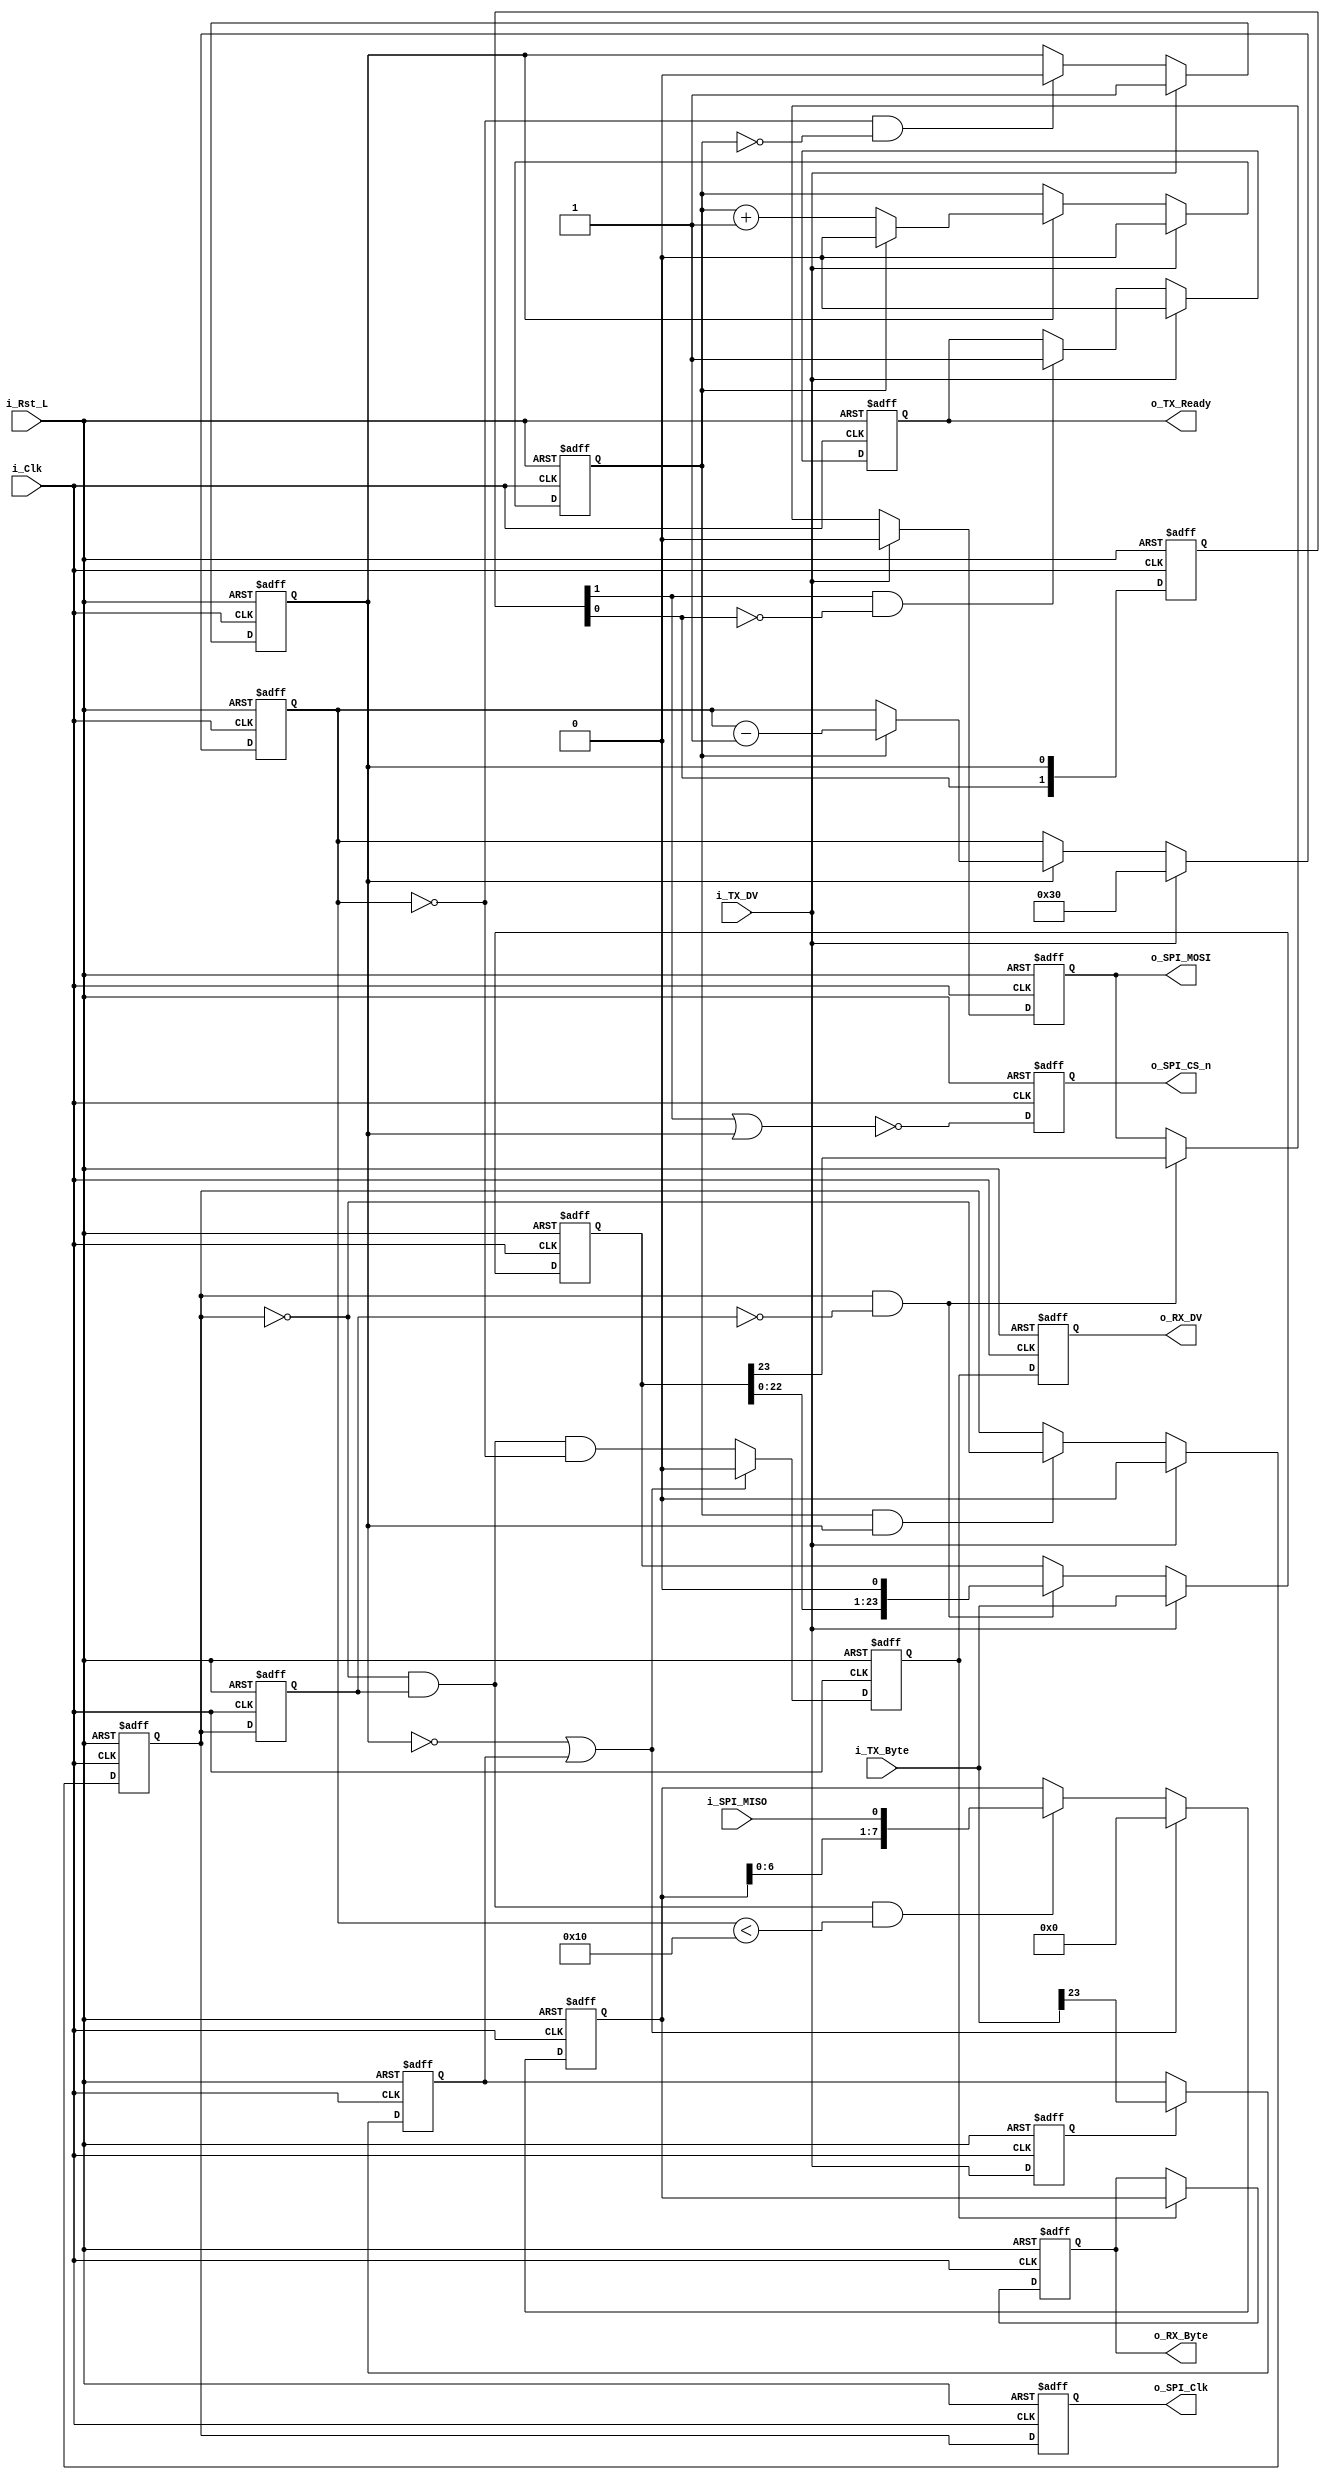
module SPI_configure
#(     parameter CLKS_PER_HALF_BIT = 2) 
( 
 // Control/Data Signals, 
 input        i_Rst_L,     // FPGA Reset 
 input        i_Clk,       // FPGA Clock 
  
 // TX (MOSI) Signals 
 input [23:0]  i_TX_Byte,        // Byte to transmit on MOSI 
 input         i_TX_DV,          // Data Valid Pulse with i_TX_Byte 
 output reg     o_TX_Ready,       // Transmit Ready for next byte 
 
 
 
 // RX (MISO) Signals 
 output reg       o_RX_DV,     // Data Valid pulse (1 clock cycle) 
 output reg [7:0] o_RX_Byte,   // Byte received on MISO 


 // SPI Interface 
 output reg o_SPI_Clk, 
 output reg o_SPI_CS_n, 
 input      i_SPI_MISO, 
 output reg o_SPI_MOSI 
 ); 


// SPI Interface (All Runs at SPI Clock Domain) 
reg       r_RX_DV;     // Data Valid pulse (1 clock cycle) 
reg [7:0] r_RX_Byte;   // Byte received on MISO 


reg [$clog2(CLKS_PER_HALF_BIT)-1:0] r_SPI_Clk_Count; 
reg r_SPI_Clk; 
reg r_SPI_Clk_d;
reg [5:0] r_SPI_Clk_Edges; 
wire w_Leading_Edge; 
wire w_Trailing_Edge; 
reg       r_TX_DV; 
reg [23:0] r_TX_Byte; 





///////////////////////
reg r_rd_wr_flag;
reg r_SPI_CS;
reg [(CLKS_PER_HALF_BIT-1):0] r_SPI_CS_d;





always @(posedge i_Clk or negedge i_Rst_L) 
begin 
    if (~i_Rst_L)  
    begin
        r_SPI_Clk<=1'b0;
        r_SPI_Clk_Edges <= 6'd48;// 3byte
        r_SPI_Clk_Count<=0;
        r_SPI_CS<=0;
    end
    else
    begin
        if(i_TX_DV)
        begin
            r_SPI_CS<=1'b1;
            r_SPI_Clk_Edges <= 6'd48; 
            r_SPI_Clk_Count<=0;
            r_SPI_Clk<=0;
        end
        else
        begin
            r_SPI_CS<=((r_SPI_Clk_Edges==0)&&(r_SPI_Clk_Count==CLKS_PER_HALF_BIT-2))?1'b0:r_SPI_CS;
        
            r_SPI_Clk<=((r_SPI_Clk_Count == CLKS_PER_HALF_BIT-1)&&r_SPI_CS)?(~r_SPI_Clk):r_SPI_Clk;
            if(r_SPI_CS)
            begin                
                if (r_SPI_Clk_Count == CLKS_PER_HALF_BIT-1 )
                begin
                    r_SPI_Clk_Count <= 0;
                    r_SPI_Clk_Edges <= r_SPI_Clk_Edges - 6'b1;
                end
                else
                begin
                    r_SPI_Clk_Count <= r_SPI_Clk_Count + 1;
                    r_SPI_Clk_Edges <= r_SPI_Clk_Edges;
                end
            end
            else
            begin
                r_SPI_Clk_Count <= r_SPI_Clk_Count;
                r_SPI_Clk_Edges <= r_SPI_Clk_Edges;
            end
        end
    end
end
always @(posedge i_Clk or negedge i_Rst_L) 
begin
    if (~i_Rst_L) 
        r_SPI_Clk_d<=0;
    else
        r_SPI_Clk_d<=r_SPI_Clk;
end
assign w_Leading_Edge=r_SPI_Clk&&~r_SPI_Clk_d;
assign w_Trailing_Edge=~r_SPI_Clk&&r_SPI_Clk_d;
always @(posedge i_Clk or negedge i_Rst_L) 
begin 
    if (~i_Rst_L) 
        r_SPI_CS_d<=0;
    else
        r_SPI_CS_d<={r_SPI_CS_d[(CLKS_PER_HALF_BIT-2):0],r_SPI_CS};
end
always @(posedge i_Clk or negedge i_Rst_L) 
begin 
    if (~i_Rst_L) 
        o_SPI_CS_n<=0;
    else
        o_SPI_CS_n<=~(r_SPI_CS_d[CLKS_PER_HALF_BIT-1]||r_SPI_CS);
end
always @(posedge i_Clk or negedge i_Rst_L) 
begin 
    if (~i_Rst_L) 
        o_TX_Ready<=1'b1;
    else
        if(i_TX_DV)
            o_TX_Ready<=1'b0;
        else
            o_TX_Ready<=r_SPI_CS_d[CLKS_PER_HALF_BIT-1]&&(~r_SPI_CS_d[CLKS_PER_HALF_BIT-2])?1'b1:o_TX_Ready;
end


  // Purpose: Register i_TX_Byte when Data Valid is pulsed. 
  // Keeps local storage of byte in case higher level module changes the data 
  always @(posedge i_Clk or negedge i_Rst_L) 
  begin 
    if (~i_Rst_L) 
    begin 
      r_TX_Byte <= 24'h00; 
      r_TX_DV   <= 1'b0; 
      o_SPI_MOSI <= 1'b0;
    end 
    else 
      begin 
        r_TX_DV <= i_TX_DV; // 1 clock cycle delay 
        if (i_TX_DV) 
        begin 
           r_TX_Byte <= i_TX_Byte; 
           o_SPI_MOSI<= 1'b0;
        end 
        else
        begin
           if(w_Leading_Edge)
           begin
               r_TX_Byte<={r_TX_Byte[22:0],1'b0};
               o_SPI_MOSI<=r_TX_Byte[23];
           end
           else
           begin
               r_TX_Byte<=r_TX_Byte;
               o_SPI_MOSI<=o_SPI_MOSI;
           end
        end
      end // else: !if(~i_Rst_L) 
  end // always @ (posedge i_Clk or negedge i_Rst_L) 


  // Purpose: Generate MOSI data 
  // Works with both CPHA=0 and CPHA=1 
  


always @(posedge i_Clk or negedge i_Rst_L) 
begin 
  if (~i_Rst_L) 
      r_rd_wr_flag <= 1;
  else
      r_rd_wr_flag<=r_TX_DV?i_TX_Byte[23]:r_rd_wr_flag;
end


  // Purpose: Read in MISO data. 
always @(posedge i_Clk or negedge i_Rst_L) 
begin 
    if (~i_Rst_L) 
    begin 
      r_RX_Byte      <= 8'h00; 
      r_RX_DV        <= 1'b0; 
    end 
    else 
    begin 
      // Default Assignments  
      if ((~r_SPI_CS)|r_rd_wr_flag) // Check if ready is high, if so reset bit count to default 
      begin 
        r_RX_DV   <= 1'b0;
        r_RX_Byte <= 8'h00;
      end 
      else 
      begin
          r_RX_Byte <= ((w_Trailing_Edge) &&(r_SPI_Clk_Edges<6'd16))?{r_RX_Byte[6:0],i_SPI_MISO}:r_RX_Byte;  // Sample data 
          r_RX_DV <= ((w_Trailing_Edge) &&(r_SPI_Clk_Edges==6'd0));  // Sample data 
      end
    end 
end 
always @(posedge i_Clk or negedge i_Rst_L) 
begin 
    if (~i_Rst_L) 
    begin 
      o_RX_Byte      <= 8'h00; 
      o_RX_DV        <= 1'b0; 
    end 
    else     
    begin 
      o_RX_Byte      <= r_RX_DV?r_RX_Byte:o_RX_Byte; 
      o_RX_DV        <= r_RX_DV; 
    end 
end

// Purpose: Add clock delay to signals for alignment. 
always @(posedge i_Clk or negedge i_Rst_L) 
begin 
  if (~i_Rst_L) 
  begin 
    o_SPI_Clk  <= 1'd0; 
  end 
  else 
  begin 
      o_SPI_Clk <= r_SPI_Clk; 
  end // else: !if(~i_Rst_L) 
end // always @ (posedge i_Clk or negedge i_Rst_L) 




endmodule // SPI_Master